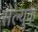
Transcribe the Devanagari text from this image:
सेल्युक